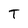
Character: T